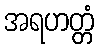
အရဟတ္တံ